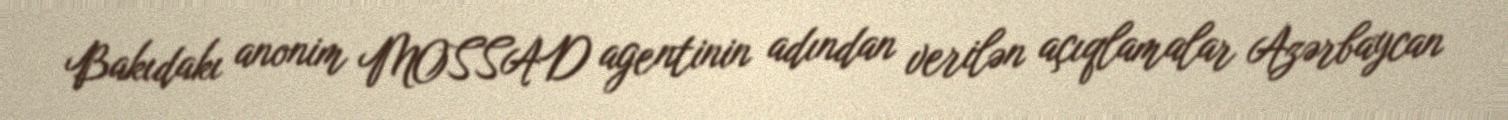
Bakıdakı anonim MOSSAD agentinin adından verilən açıqlamalar Azərbaycan